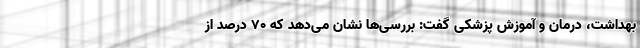
بهداشت، درمان و آموزش پزشکی گفت: بررسی‌ها نشان می‌دهد که ۷۰ درصد از